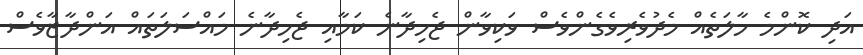
އަދި ކޮންމެ ހާލަތެއް މެދުވެރިވެގެންވެސް ވަކިވާން ޖެހިދާނެ ކަމާއި ޖެހިދާނެ މައްސަލަތައް އަންދާޒާވެސް